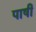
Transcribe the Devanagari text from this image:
पाषी